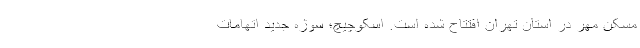
مسکن مهر در استان تهران افتتاح شده است. اسکوچیچ؛ سوژه جدید اتهامات